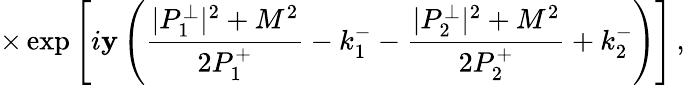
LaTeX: \times\exp\left[i\mathbf{y}\left(\frac{{|P_{1}^{\perp}|^{2}+M^{2}}}{{2P_{1}^{+}}}-k_{1}^{-}-\frac{{|P_{2}^{\perp}|^{2}+M^{2}}}{{2P_{2}^{+}}}+k_{2}^{-}\right)\right]\, ,